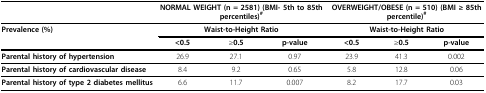
|  | <COLSPAN=3> NORMAL WEIGHT (n = 2581) (BMI- 5th to 85th percentiles)# | <COLSPAN=3> OVERWEIGHT/OBESE (n = 510) (BMI ≥ 85th percentile)# |
 | --- | --- | --- | --- | --- | --- | --- |
 | Prevalence (%) | <COLSPAN=3> Waist-to-Height Ratio | <COLSPAN=3> Waist-to-Height Ratio |
 |  | <0.5 | ≥0.5 | p-value | <0.5 | ≥0.5 | p-value |
 | Parental history of hypertension | 26.9 | 27.1 | 0.97 | 23.9 | 41.3 | 0.002 |
 | Parental history of cardiovascular disease | 8.4 | 9.2 | 0.65 | 5.8 | 12.8 | 0.06 |
 | Parental history of type 2 diabetes mellitus | 6.6 | 11.7 | 0.007 | 8.2 | 17.7 | 0.03 |